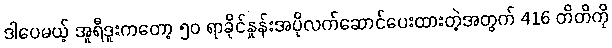
ဒါပေမယ့် အူရီဒူးကတော့ ၅၀ ရာခိုင်နှုန်းအပိုလက်ဆောင်ပေးထားတဲ့အတွက် 416 တိတိကို